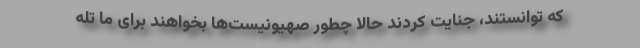
که توانستند، جنایت کردند حالا چطور صهیونیست‌ها بخواهند برای ما تله